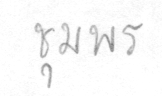
ชุมพร